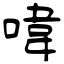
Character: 喡